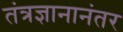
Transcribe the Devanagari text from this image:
तंत्रज्ञानानंतर